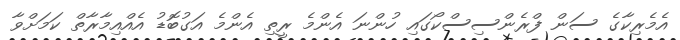
އެމެރިކާގެ ސަން ފްރެންސިސްކޯގައި ހުންނަ އެންމެ ރީތި އެންމެ އަގުބޮޑު އެއްއިމާރާތް ކަމަށްވާ